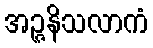
အဉ္ဇနိသလာကံ